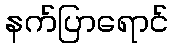
နက်ပြာရောင်